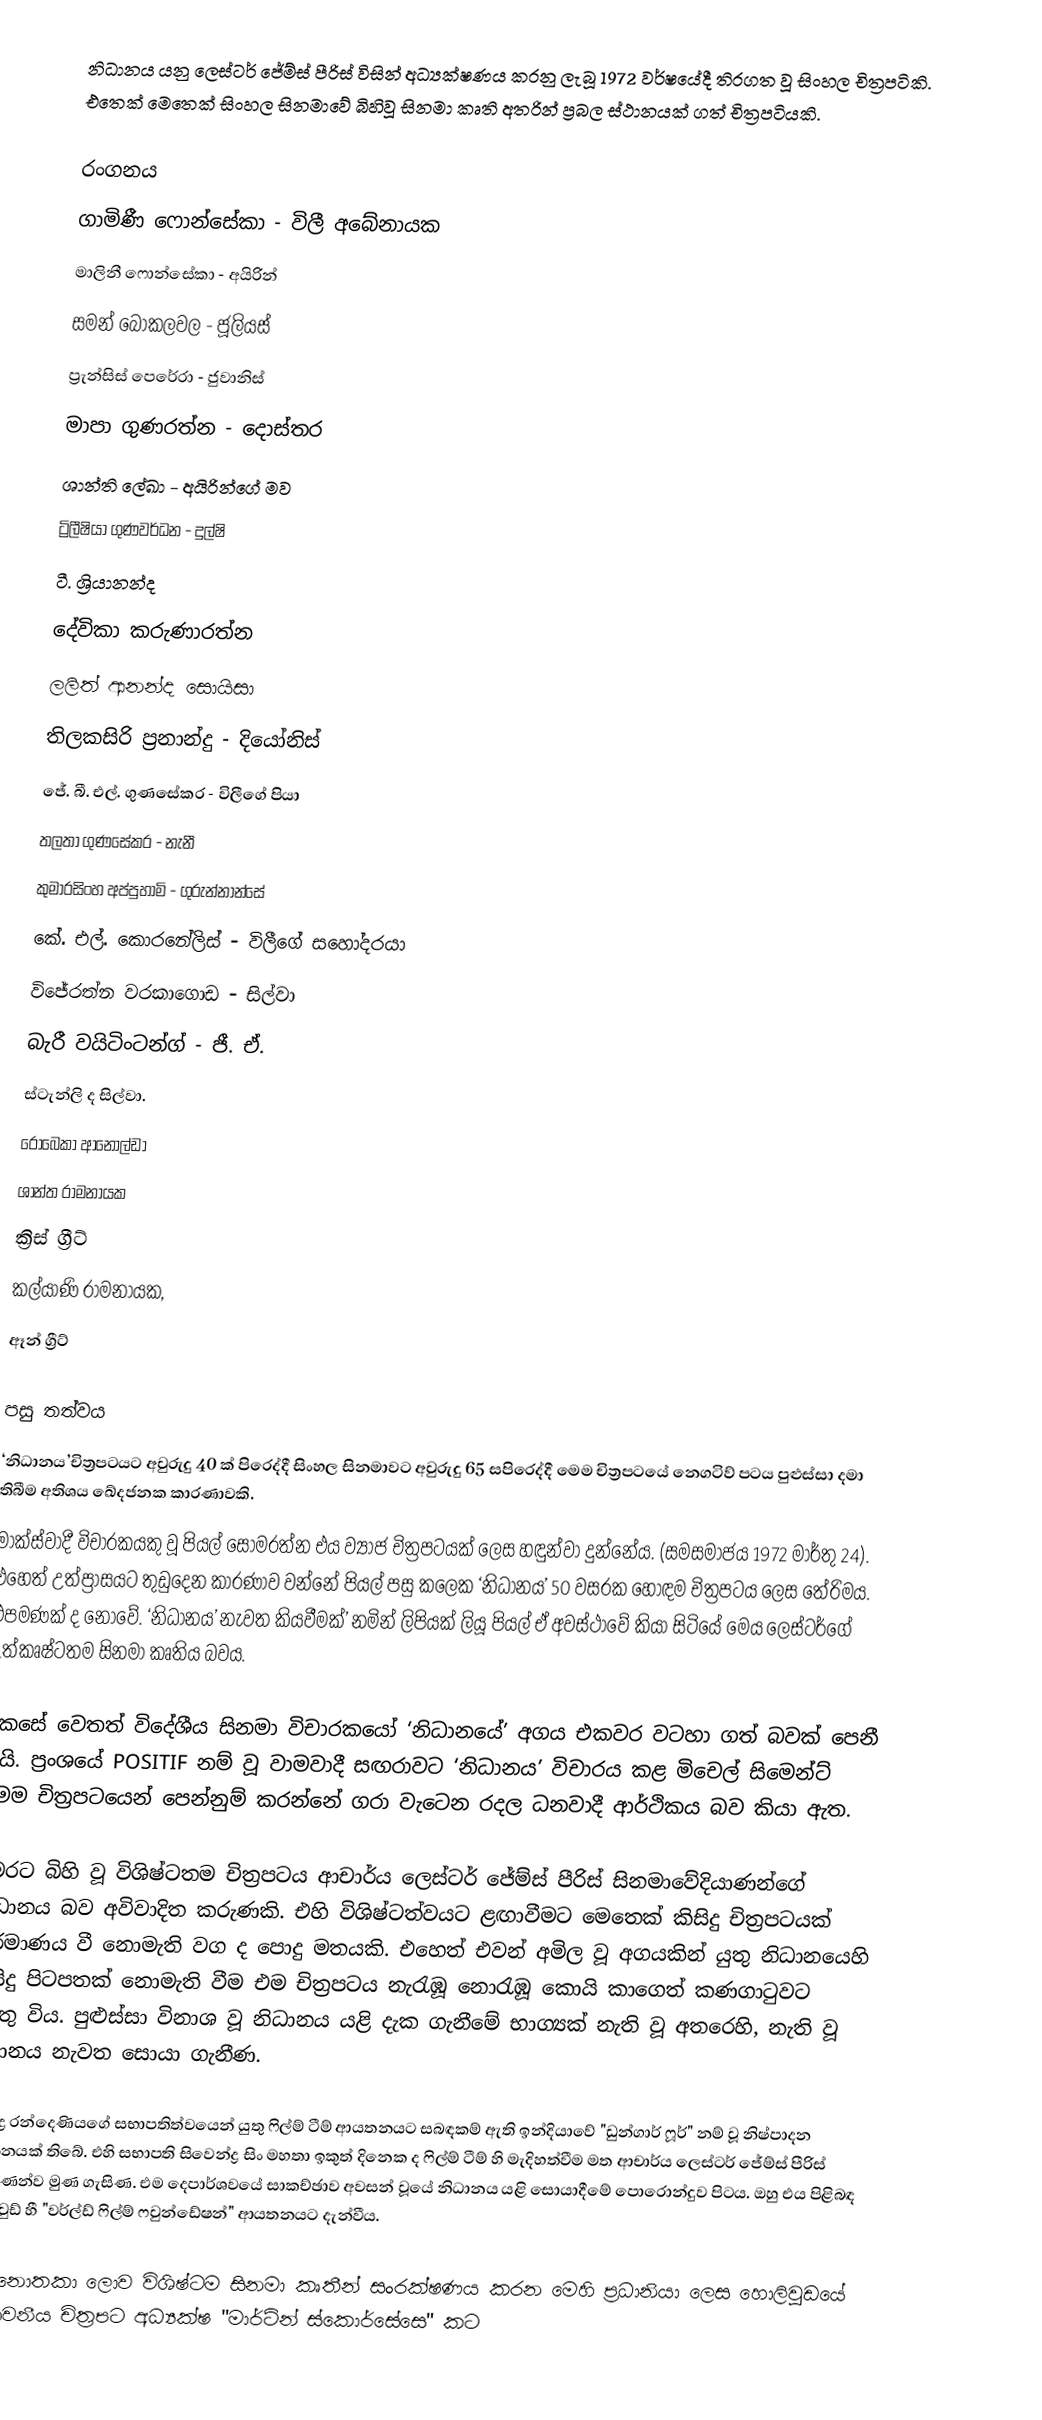
නිධානය යනු ලෙස්ටර් ජේම්ස් පීරිස් විසින් අධ්‍යක්ෂණය කරනු ලැබූ 1972 වර්ෂයේදී තිරගත වූ සිංහල චිත්‍රපටිකි. එතෙක් මෙතෙක් සිංහල සිනමාවේ බිහිවූ සිනමා කෘති අතරින් ප්‍රබල ස්ථානයක් ගත් චිත්‍රපටියකි.

රංගනය
ගාමිණී ෆොන්සේකා - විලී අබේනායක
මාලිනී ෆොන්සේකා - අයිරින්
සමන් බොකලවල - ජූලියස්
ප්‍රැන්සිස් පෙරේරා - ජුවානිස්
මාපා ගුණරත්න - දොස්තර
ශාන්ති ලේඛා - අයිරින්ගේ මව
ට්‍රිලීෂියා ගුණවර්ධන - දුල්ෂි
ටී. ශ්‍රියානන්ද
දේවිකා කරුණාරත්න
ලලිත් ආනන්ද සොයිසා
තිලකසිරි ප්‍රනාන්දු - දියෝනිස්
ජේ. බී. එල්. ගුණසේකර - විලීගේ පියා
තලතා ගුණසේකර - නැනී
කුමාරසිංහ අප්පුහාමි - ගුරුන්නාන්සේ
කේ. එල්. කොරනේලිස් - විලීගේ සහෝදරයා
විජේරත්න වරකාගොඩ - සිල්වා
බැරී වයිටිංටන්ග් - ජී. ඒ.
ස්ටැන්ලි ද සිල්වා.
රොබෙකා ආනොල්ඩා
ශාන්ත රාමනායක
ක්‍රිස් ග්‍රීට්
කල්යාණි රාමනායක,
ඈන් ග්‍රීට්

පසු තත්වය
‘නිධානය’චිත්‍රපටයට අවුරුදු 40 ක් පිරෙද්දී සිංහල සිනමාවට අවුරුදු 65 සපිරෙද්දී මෙම චිත්‍රපටයේ නෙගටිව් පටය පුළුස්සා දමා තිබීම අතිශය ඛේදජනක කාරණාවකි.
මාක්ස්වාදී විචාරකයකු වූ පියල් සෝමරත්න එය ව්‍යාජ චිත්‍රපටයක් ලෙස හඳුන්වා දුන්නේය. (සමසමාජය 1972 මාර්තු 24). එහෙත් උත්ප්‍රාසයට තුඩුදෙන කාරණාව වන්නේ පියල් පසු කලෙක ‘නිධානය’ 50 වසරක හොඳම චිත්‍රපටය ලෙස තේරිමය. එපමණක් ද නොවේ. ‘නිධානය’ නැවත කියවීමක්’ නමින් ලිපියක් ලියූ පියල් ඒ අවස්ථාවේ කියා සිටියේ මෙය ලෙස්ටර්ගේ උත්කෘෂ්ටතම සිනමා කෘතිය බවය.

කෙසේ වෙතත් විදේශීය සිනමා විචාරකයෝ ‘නිධානයේ’ අගය එකවර වටහා ගත් බවක් පෙනී යයි. ප්‍රංශයේ POSITIF නම් වූ වාමවාදී සඟරාවට ‘නිධානය’ විචාරය කළ මිචෙල් සිමෙන්ට් මෙම චිත්‍රපටයෙන් පෙන්නුම් කරන්නේ ගරා වැටෙන රදල ධනවාදී ආර්ථිකය බව කියා ඇත.

මෙරට බිහි වූ විශිෂ්ටතම චිත්‍රපටය ආචාර්ය ලෙස්ටර් ජේම්ස් පීරිස් සිනමාවේදියාණන්ගේ නිධානය බව අවිවාදිත කරුණකි. එහි විශිෂ්ටත්වයට ළඟාවීමට මෙතෙක් කිසිදු චිත්‍රපටයක් නිර්මාණය වී නොමැති වග ද පොදු මතයකි. එහෙත් එවන් අමිල වූ අගයකින් යුතු නිධානයෙහි කිසිදු පිටපතක් නොමැති වීම එම චිත්‍රපටය නැරැඹූ නොරැඹූ කොයි කාගෙත් කණගාටුවට හේතු විය. පුළුස්සා විනාශ වූ නිධානය යළි දැක ගැනීමේ භාග්‍යක් නැති වූ අතරෙහි,  නැති වූ නිධානය නැවත සොයා ගැනීණ.

රවින්ද්‍ර රන්දෙණියගේ සභාපතිත්වයෙන් යුතු ෆිල්ම් ටීම් ආයතනයට සබඳකම් ඇති ඉන්දියාවේ "ඩුන්ගාර් ෆූර්" නම් වූ නිෂ්පාදන ආයතනයක් තිබේ. එහි සභාපති සිවෙන්ද්‍ර සිං මහතා ඉකුත් දිනෙක ද ෆිල්ම් ටීම් හි මැදිහත්වීම මත ආචාර්ය ලෙස්ටර් ජේම්ස් පීරිස් වියතාණන්ව මුණ ගැසිණ. එම දෙපාර්ශවයේ සාකච්ඡාව අවසන් වූයේ නිධානය යළි සොයාදීමේ පොරොන්දුව පිටය. ඔහු එය පිළිබඳ හොලිවුඩ් හී "වර්ල්ඩ් ෆිල්ම් ෆවුන්ඩේෂන්" ආයතනයට දැන්වීය.

ලාබ නොතකා ලොව විශිෂ්ටම සිනමා කෘතීන් සංරක්ෂණය කරන මෙහි ප්‍රධානියා ලෙස හොලිවුඩයේ සම්භාවනීය චිත්‍රපට අධ්‍යක්ෂ "මාර්ටින් ස්කොර්සේසෙ" කට